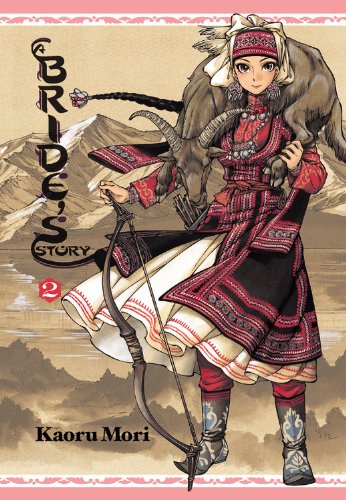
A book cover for A Bride's Story, Vol. 2; Comics & Graphic Novels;